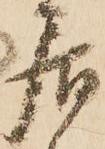
居